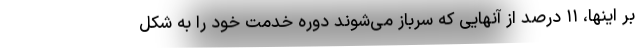
بر اینها، ۱۱ درصد از آنهایی که سرباز می‌شوند دوره خدمت خود را به شکل